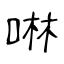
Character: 啉